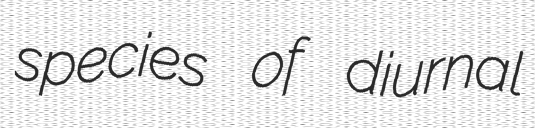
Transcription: species of diurnal